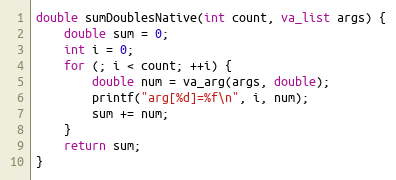
Language: C
double sumDoublesNative(int count, va_list args) {
    double sum = 0;
    int i = 0;
    for (; i < count; ++i) {
        double num = va_arg(args, double);
        printf("arg[%d]=%f\n", i, num);
        sum += num;
    }
    return sum;
}